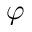
\varphi